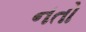
નતો